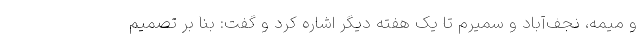
و میمه، نجف‌آباد و سمیرم تا یک هفته دیگر اشاره کرد و گفت: بنا بر تصمیم